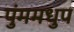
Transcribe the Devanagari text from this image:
पुंममधुप